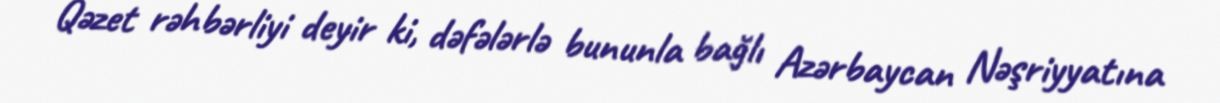
Qəzet rəhbərliyi deyir ki, dəfələrlə bununla bağlı Azərbaycan Nəşriyyatına